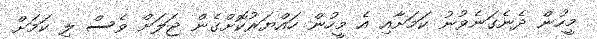
މީހުން ދެނެގަނެވުނު ކަމަށާއި އެ މީހުން ހައްޔަރުކޮށްގެން ޖަލަށް ވެސް ލި ކަމަށް